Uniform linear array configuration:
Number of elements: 32
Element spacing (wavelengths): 0.75
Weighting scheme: kaiser
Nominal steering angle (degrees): -45
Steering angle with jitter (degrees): -46.956
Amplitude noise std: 0.05
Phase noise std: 0.05

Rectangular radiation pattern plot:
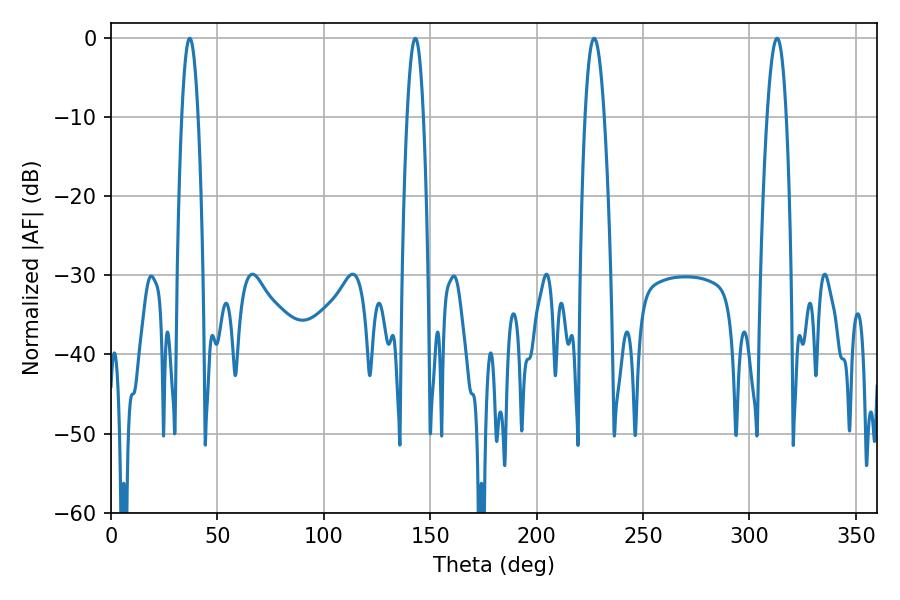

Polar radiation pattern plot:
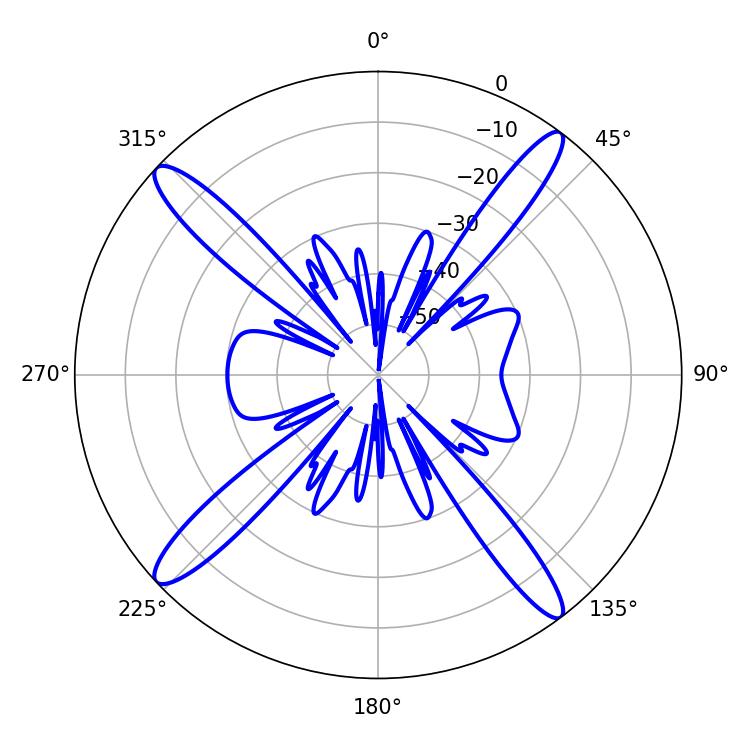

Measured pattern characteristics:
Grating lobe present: TRUE
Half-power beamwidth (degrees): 4.86
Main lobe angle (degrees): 226.98